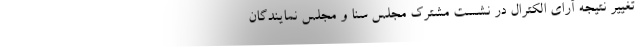
تغییر نتیجه آرای الکترال در نشست مشترک مجلس سنا و مجلس نمایندگان